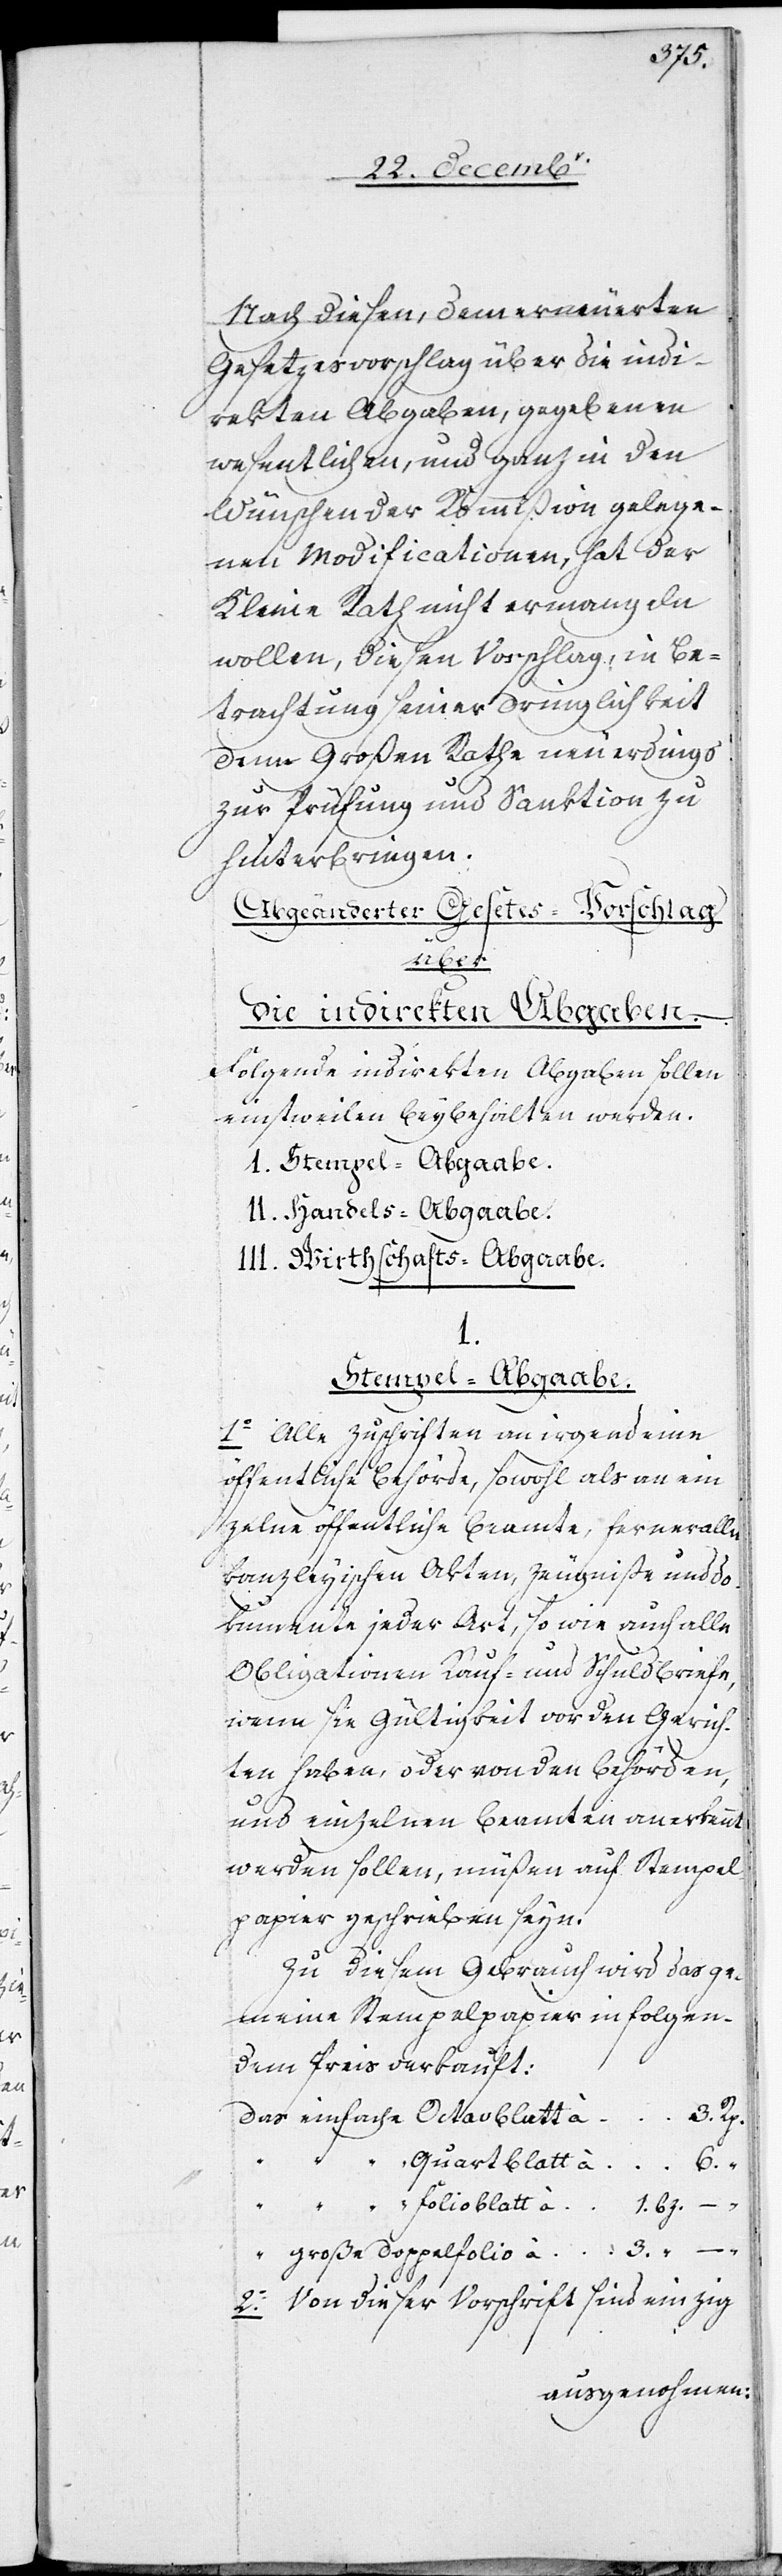
3.
Nach diesen, dem erneuerten
Gesetzesvorschlag über die indi¬
rekten Abgaben, gegebenen
wesentlichen, und ganz in den
Wünschen der Kommißion gelege¬
nen Modificationen, hat der
Kleine Rath nicht ermangeln
wollen, diesen Vorschlag, in Be¬
trachtung seiner Dringlichkeit
dem Großen Rathe neuerdings
zur Prüfung und Sanktion zu
hinterbringen.
Abgeänderter Gesetzes-Vorschlag
“
große
die indirekten Abgaben.
Folgende indirekten Abgaben sollen
einstweilen beybehalten werden.
I. Stempel-Abgaabe.
II. Handels-Abgaabe.
III. Wirthschafts-Abgaabe.
I.
Stempel-Abgaabe.
1. Alle Zuschriften an irgend eine
öffentlich Behörde, sowohl als an ein¬
zelne öffentliche Beamte, ferner alle
kanzleyischen Akten, Zeugniße und Do¬
kumente jeder Art, so wie auch alle
Obligationen[,] Kauf- und Schuldbriefe,
wenn sie Gültigkeit vor den Gerich¬
ten haben, oder von den Behörden,
und einzelnen Beamten anerkannt
werden sollen, müßen auf Stempel¬
papier geschrieben seyn.
Zu diesem Gebrauch wird das ge¬
meine Stempelpapier in folgen¬
dem Preis verkauft:
2. Von dieser Vorschrift sind einzig